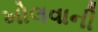
ખોલવાની